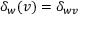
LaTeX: \delta _ { w } ( v ) = \delta _ { w v }